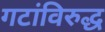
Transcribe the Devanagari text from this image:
गटांविरुद्ध